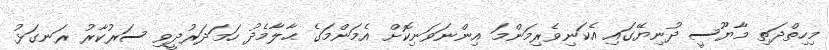
މިހިތްދަތި މާޔޫސީ ދުނިޔޭގައި އެކަނިވެރިމަންމަ އިންނަވަނިކޮށް އެމަންމަގެ ޙާލާމެދު ހަމަދަރުދީވި ސަރުކާރު ރަނގަޅު